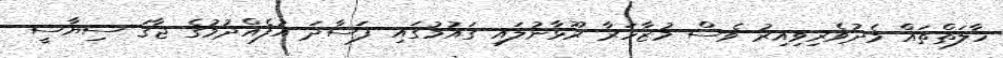
ހާލަތްތައް މެދުވެރިވިއިރު ވެސް މުޒާހަރާ ރޫޅާނުލައި ގައުމުގައި ފަސާދަ އުފެއްދުމުގެ ޖާގަ ސިޔާސީ